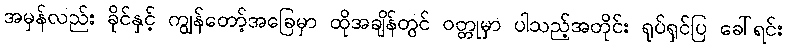
အမှန်လည်း ခိုင်နှင့် ကျွန်တော့်အခြေမှာ ထိုအချိန်တွင် ဝတ္တုမှာ ပါသည့်အတိုင်း ရုပ်ရှင်ပြ ခေါ်ရင်း